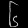
Digit: ၆